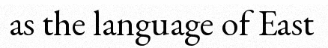
as the language of East